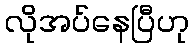
လိုအပ်နေပြီဟု